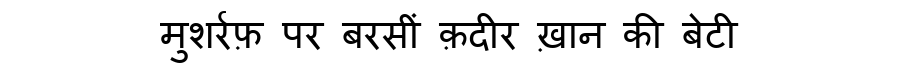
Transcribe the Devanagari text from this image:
मुशर्रफ़ पर बरसीं क़दीर ख़ान की बेटी